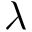
\lambda